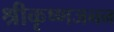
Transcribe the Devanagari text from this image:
श्रीकृष्णजनन